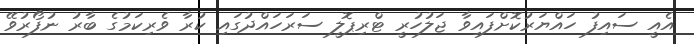
އެއީ ސައިފު ހައްޔަރުކޮށްފައިވާ ޖަލުހުރީ ޓްރިޕޮލީ ސަރަހައްދުގައި ކުރާ ވެރިކަމުގެ ބާރު ނުފޯރުވޭ